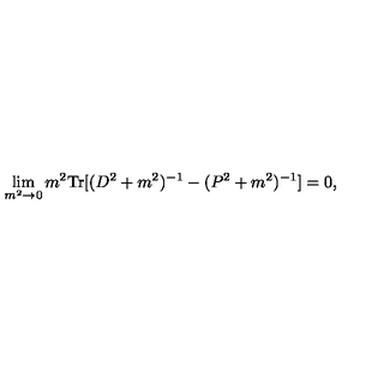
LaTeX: \lim _ { m ^ { 2 } \to 0 } m ^ { 2 } \mathrm { T r } [ ( D ^ { 2 } + m ^ { 2 } ) ^ { - 1 } - ( P ^ { 2 } + m ^ { 2 } ) ^ { - 1 } ] = 0 ,